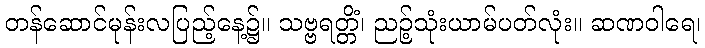
တန်ဆောင်မုန်းလပြည့်နေ့၌။ သဗ္ဗရတ္တိံ၊ ညဉ့်သုံးယာမ်ပတ်လုံး။ ဆဏဝါရေ၊